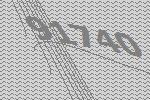
91740